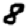
Digit: 8